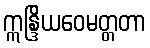
ဣန္ဒြိယဝေမတ္တတာ